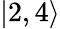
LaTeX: |2,4\rangle